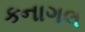
કનાગલ